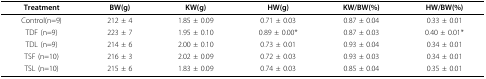
<table><thead><tr><td><b>Treatment</b></td><td><b>BW(g)</b></td><td><b>KW(g)</b></td><td><b>HW(g)</b></td><td><b>KW/BW(%)</b></td><td><b>HW/BW(%)</b></td></tr></thead><tbody><tr><td>Control(n=9)</td><td>212 ± 4</td><td>1.85 ± 0.09</td><td>0.71 ± 0.03</td><td>0.87 ± 0.04</td><td>0.33 ± 0.01</td></tr><tr><td>TDF (n=9)</td><td>223 ± 7</td><td>1.95 ± 0.10</td><td>0.89 ± 0.00*</td><td>0.87 ± 0.03</td><td>0.40 ± 0.01*</td></tr><tr><td>TDL (n=9)</td><td>214 ± 6</td><td>2.00 ± 0.10</td><td>0.73 ± 0.01</td><td>0.93 ± 0.04</td><td>0.34 ± 0.01</td></tr><tr><td>TSF (n=10)</td><td>216 ± 3</td><td>2.02 ± 0.09</td><td>0.72 ± 0.03</td><td>0.93 ± 0.03</td><td>0.34 ± 0.01</td></tr><tr><td>TSL (n=10)</td><td>215 ± 6</td><td>1.83 ± 0.09</td><td>0.74 ± 0.03</td><td>0.85 ± 0.04</td><td>0.35 ± 0.01</td></tr></tbody></table>